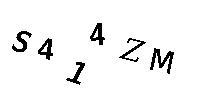
S414ZM